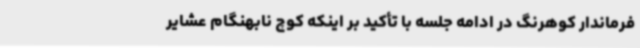
فرماندار کوهرنگ در ادامه جلسه با تأکید بر اینکه کوچ نابهنگام عشایر